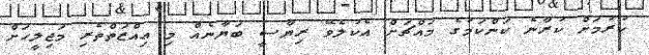
ކުރުމަށް ކުރާނެ ކަންކަމުގެ މައްޗަށް އެކުލެވޭ ރިޔާސީ ބަޔާނެއް މި ޢިއްޒަތްތެރި މަޖިލީހަށް